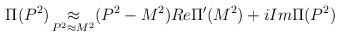
LaTeX: \begin{align*}\Pi (P^2)\mathop \approx \limits_{P^2\approx M^2}(P^2-M^2) Re \Pi '(M^2)+i Im\Pi (P^2)\end{align*}